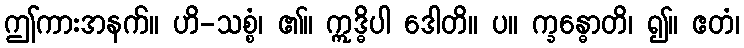
ဤကားအနက်။ ဟိ-သစ္စံ၊ ၏။ ဣဒ္ဓိပါ ဒေါတိ။ ပ။ က္ခန္ဓောတိ၊ ၍။ ဧတံ၊